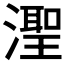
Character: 𬉊